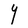
Character: Y